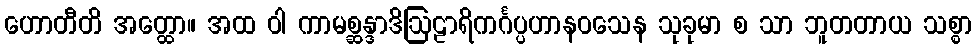
ဟောတီတိ အတ္ထော။ အထ ဝါ ကာမစ္ဆန္ဒာဒိဩဠာရိကင်္ဂပ္ပဟာနဝသေန သုခုမာ စ သာ ဘူတတာယ သစ္စာ